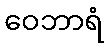
ဝေဘာရံ